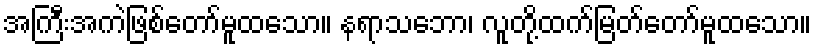
အကြီးအကဲဖြစ်တော်မူထသော။ နရာသဘော၊ လူတို့ထက်မြတ်တော်မူထသော။